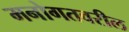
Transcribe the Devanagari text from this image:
मनोगतवरील